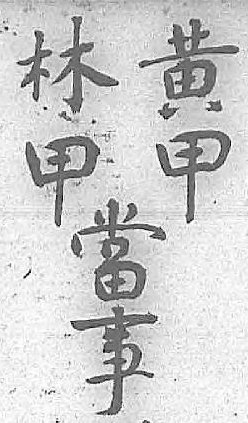
黄林當甲甲事